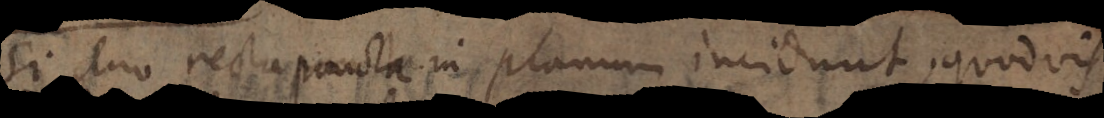
Si duo recta punctae in planum incidunt, quodvis